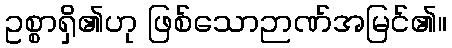
ဥစ္စာရှိ၏ဟု ဖြစ်သောဉာဏ်အမြင်၏။